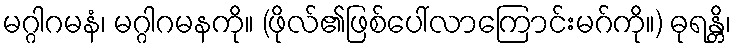
မဂ္ဂါဂမနံ၊ မဂ္ဂါဂမနကို။ (ဖိုလ်၏ဖြစ်ပေါ်လာကြောင်းမဂ်ကို။) ဓုရန္တိ၊